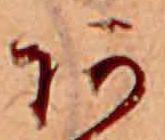
あ